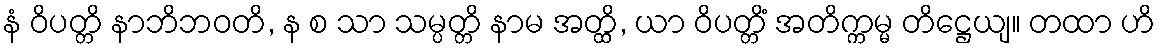
နံ ဝိပတ္တိ နာဘိဘဝတိ, န စ သာ သမ္ပတ္တိ နာမ အတ္ထိ, ယာ ဝိပတ္တိံ အတိက္ကမ္မ တိဋ္ဌေယျ။ တထာ ဟိ